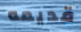
قديمه